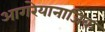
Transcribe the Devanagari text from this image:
आगरेयानाजिक